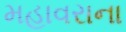
મહાવરાના